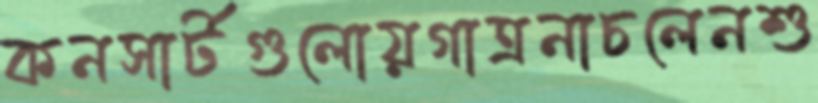
কনসার্টগুলোয়গাত্রনাচলেনশু